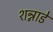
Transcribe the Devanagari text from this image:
शन्नाडे